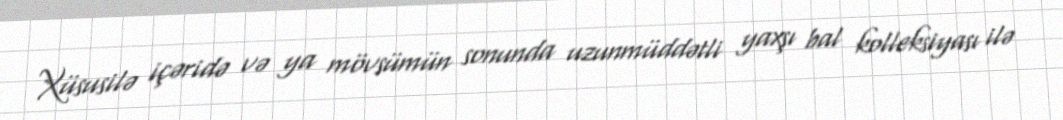
Xüsusilə içəridə və ya mövsümün sonunda uzunmüddətli yaxşı bal kolleksiyası ilə